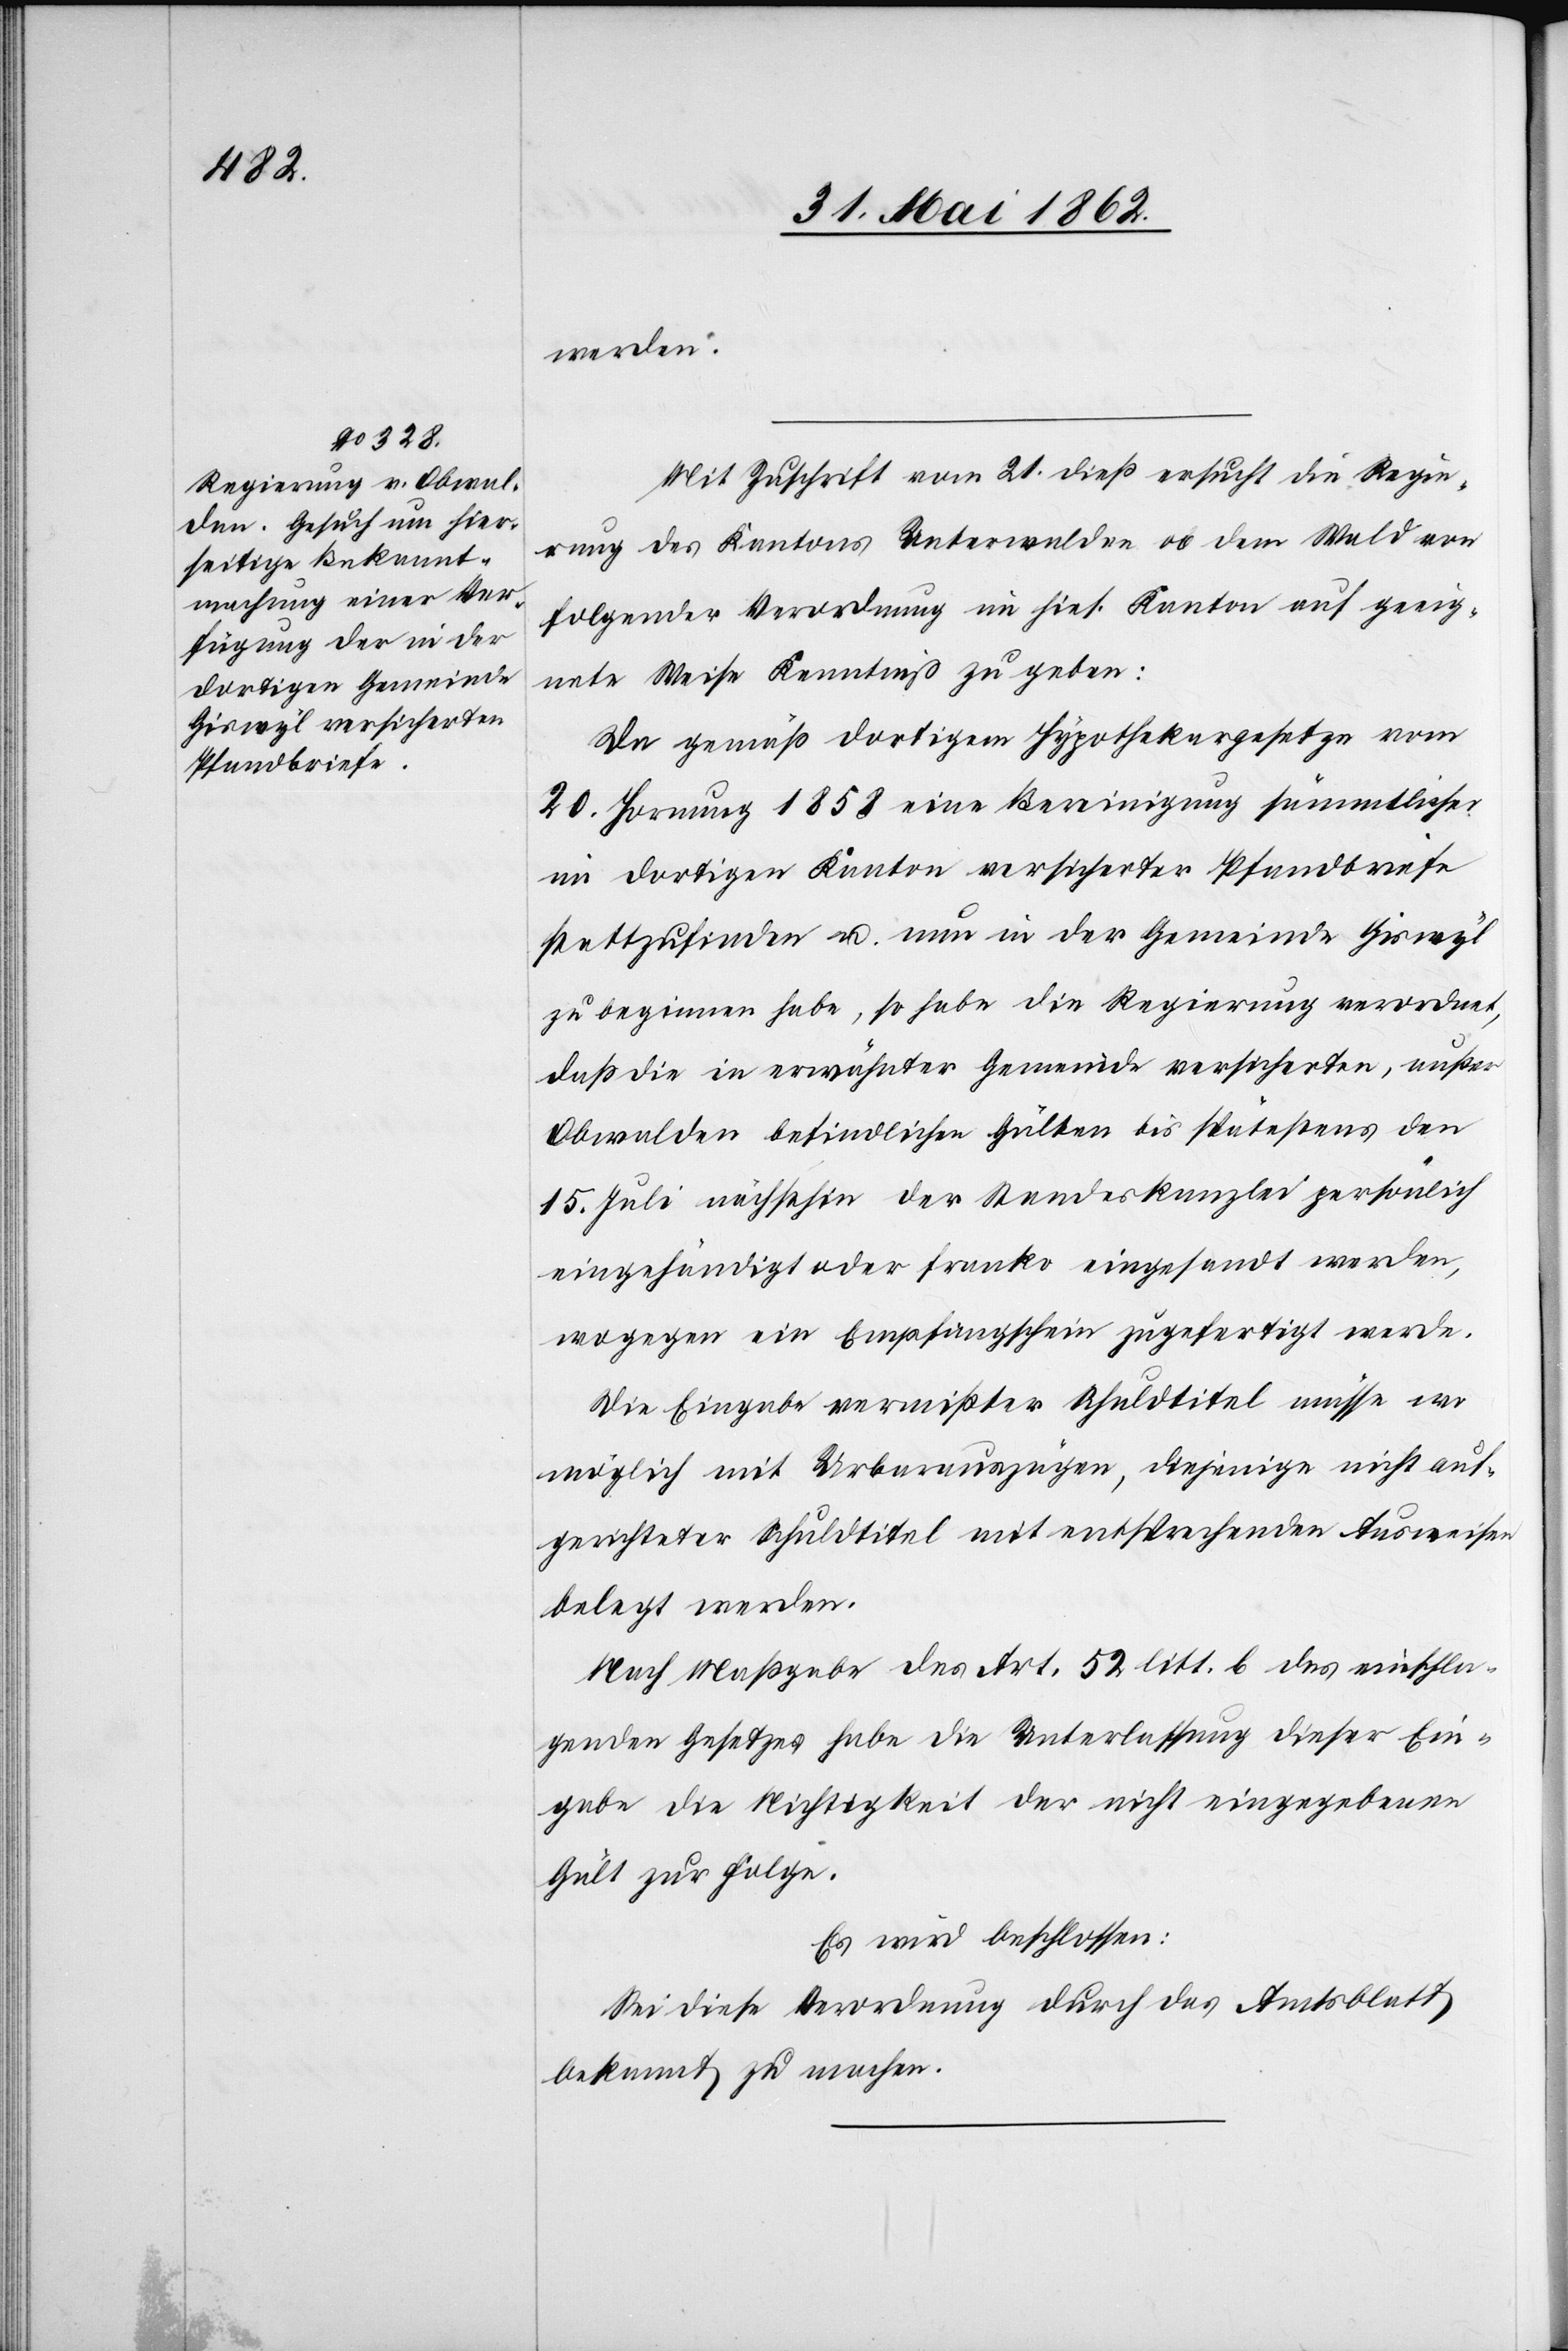
werden.
Mit Zuschrift vom 21. dieß ersucht die Regie¬
rung des Kantons Unterwalden ob dem Wald von
folgender Verordnung im hies. Kanton auf geeig¬
nete Weise Kenntniß zu geben:
Da gemäß dortigem Hypothekargesetze vom
20. Hornung 1858 eine Bereinigung sämmtlicher
im dortigen Kanton versicherter Pfandbriefe
stattzufinden u. nun in der Gemeinde Giswyl
zu beginnen habe, so habe die Regierung verordnet,
daß die in erwähnter Gemeinde versicherten, außer
Obwalden befindlichen Gülten bis spätestens den
15. Juli nächsthin der Standeskanzlei persönlich
eingehändigt oder franko eingesandt werden,
wogegen ein Empfangschein zugefertigt werde.
Die Eingabe vermißter Schuldtitel müsse wo
möglich mit Urbarauszügen, diejenige nicht auf¬
gerichteter Schuldtitel mit entsprechenden Ausweisen
belegt werden.
Nach Maßgabe des Art. 52 litt. b des einschla¬
genden Gesetzes habe die Unterlassung dieser Ein¬
gabe die Nichtigkeit der nicht eingegebenen
Gült zur Folge.
Es wird beschlossen:
Sei diese Verordnung durch das Amtsblatt
bekannt zu machen.